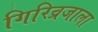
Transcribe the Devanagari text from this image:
गिरिव्रजाला